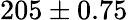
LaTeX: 205\pm 0.75